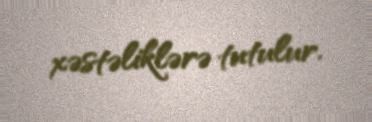
xəstəliklərə tutulur.